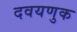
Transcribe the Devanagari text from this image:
दवयणुक